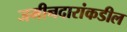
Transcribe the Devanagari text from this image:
जमीनदारांकडील